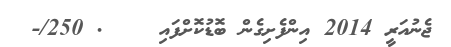
ޖެނުއަރީ 2014 އިންފެށިގެން ބޮޑުކޮށްފައި    . 250/-